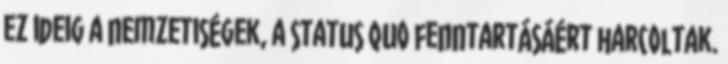
ez ideig a nemzetiségek, a status quo fenntartásáért harcoltak.